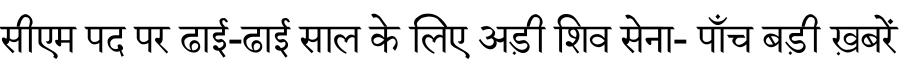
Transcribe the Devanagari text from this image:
सीएम पद पर ढाई-ढाई साल के लिए अड़ी शिव सेना- पाँच बड़ी ख़बरें